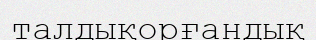
талдықорғандық